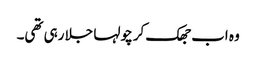
وہ اب جھک کر چولہا جلا رہی تھی۔